Annual report on the working of the Harcourt Butler Institute of Public Health, Rangoon
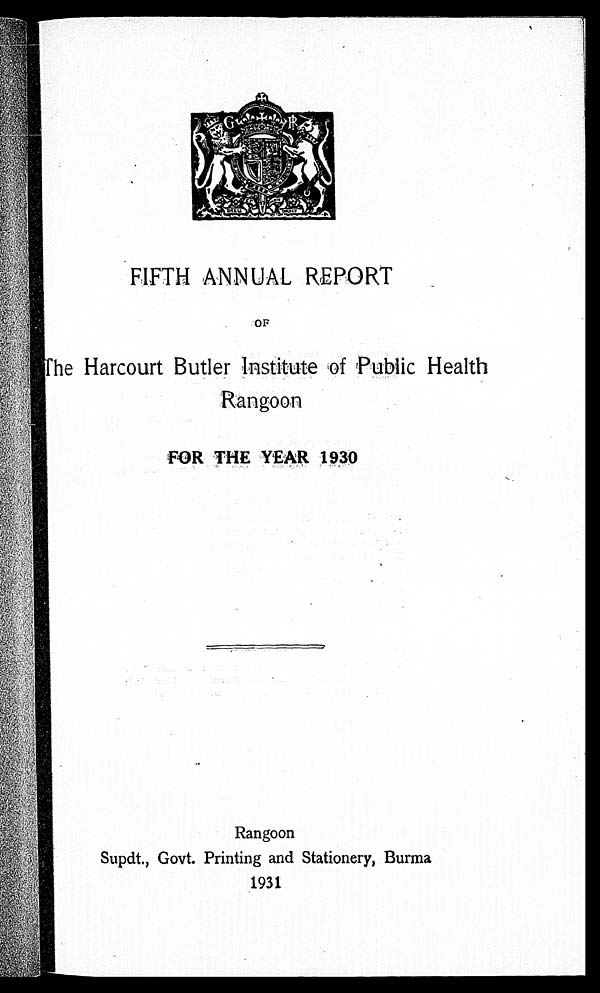
The Harcourt Butler institute , of Public Health
Rangoon
FOR THE YEAR 1930
Rangoon
Supdt., Govt. Printing and Stationery, Burma
1931